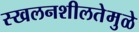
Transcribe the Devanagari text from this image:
स्खलनशीलतेमुळे